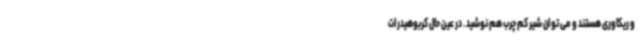
و ریکاوری هستند و می توان شیر کم چرب هم نوشید. در عین حال کربوهیدرات